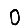
Digit: 0